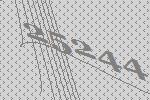
25244